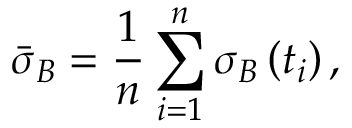
\bar { \sigma } _ { B } = \frac { 1 } { n } \sum _ { i = 1 } ^ { n } \sigma _ { B } \left( t _ { i } \right) ,